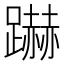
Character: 𮜜